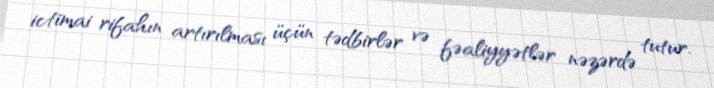
ictimai rifahın artırılması üçün tədbirlər və fəaliyyətlər nəzərdə tutur.